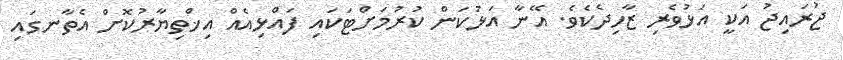
ޖުރައިޖު އަކީ އަޅުވެރި ޒާހިދެކެވެ. އޭނާ އަޅުކަން ކުރުމަށްޓަކައި ފައްޅިއެއް އިޚްތިޔާރުކޮށް އެތާނގައި